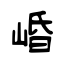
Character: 崏